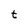
Character: t